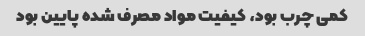
کمی چرب بود، کیفیت مواد مصرف شده پایین بود